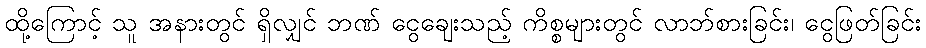
ထို့ကြောင့် သူ အနားတွင် ရှိလျှင် ဘဏ် ငွေချေးသည့် ကိစ္စများတွင် လာဘ်စားခြင်း၊ ငွေဖြတ်ခြင်း